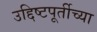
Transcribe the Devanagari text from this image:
उद्दिष्टपूर्तीच्या